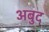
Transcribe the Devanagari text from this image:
अबुद